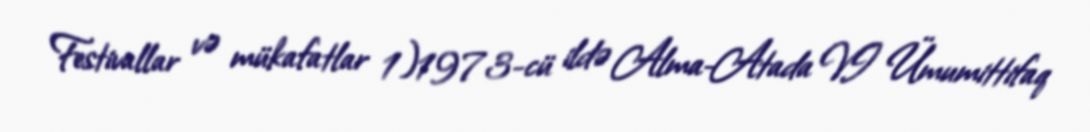
Festivallar və mükafatlar 1)1973-cü ildə Alma-Atada VI Ümumittifaq